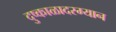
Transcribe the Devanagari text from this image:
दुष्काळादरम्यान